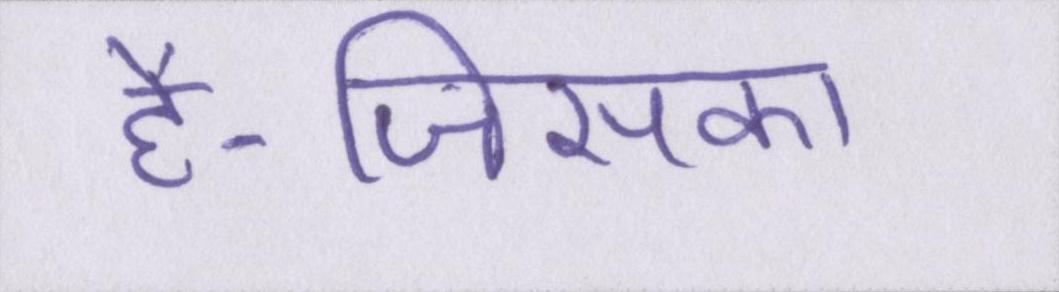
है-जिसका